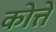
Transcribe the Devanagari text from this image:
कोत्ते